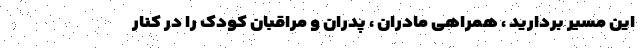
این مسیر بردارید ، همراهی مادران ، پدران و مراقبان کودک را در کنار